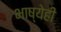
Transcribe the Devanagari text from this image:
भाष्येही